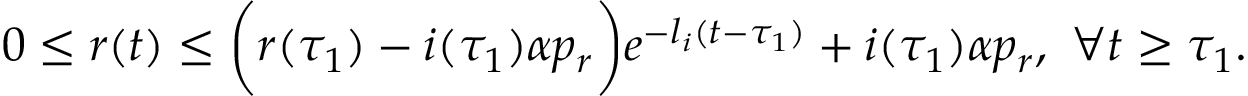
\begin{array} { r } { 0 \le r ( t ) \leq \bigg ( r ( \tau _ { 1 } ) - i ( \tau _ { 1 } ) \alpha p _ { r } \bigg ) e ^ { - l _ { i } ( t - \tau _ { 1 } ) } + i ( \tau _ { 1 } ) \alpha p _ { r } , \ \forall t \geq \tau _ { 1 } . } \end{array}